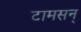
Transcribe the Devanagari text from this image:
टामसन्